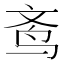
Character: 𬸀